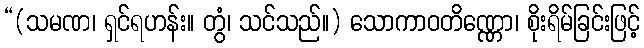
“(သမဏ၊ ရှင်ရဟန်း။ တွံ၊ သင်သည်။) သောကာဝတိဏ္ဏော၊ စိုးရိမ်ခြင်းဖြင့်